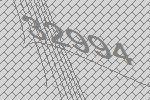
32994